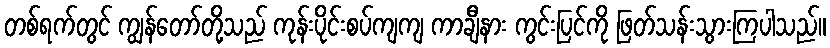
တစ်ရက်တွင် ကျွန်တော်တို့သည် ကုန်းပိုင်းစပ်ကျကျ ကာချီနား ကွင်းပြင်ကို ဖြတ်သန်းသွားကြပါသည်။